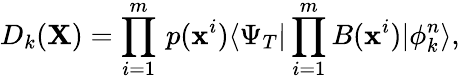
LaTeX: D_{k}({\mathbf X})=\prod_{i=1}^{m}\, p(\textbf{x}^{i})\langle\Psi_{T}|\prod_{i=1}^{m}B(\textbf{x}^{i})|\phi_{k}^{n}\rangle,